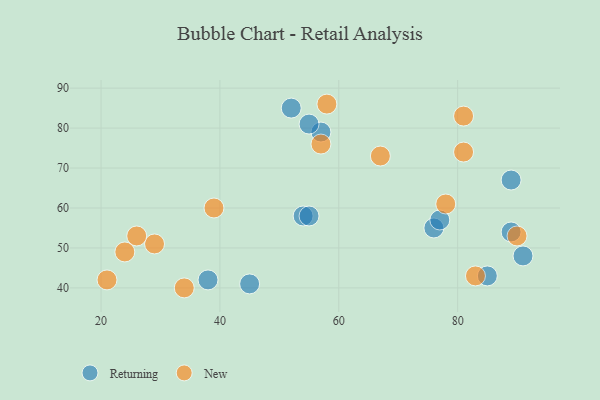
{"axis": {"x": "GDP", "y": "Life Expectancy"}, "legend": ["New", "Returning"], "data": [{"x": "45", "y": 41, "type": "Returning"}, {"x": "52", "y": 85, "type": "Returning"}, {"x": "57", "y": 79, "type": "Returning"}, {"x": "76", "y": 55, "type": "Returning"}, {"x": "55", "y": 81, "type": "Returning"}, {"x": "54", "y": 58, "type": "Returning"}, {"x": "89", "y": 67, "type": "Returning"}, {"x": "89", "y": 54, "type": "Returning"}, {"x": "55", "y": 58, "type": "Returning"}, {"x": "77", "y": 57, "type": "Returning"}, {"x": "85", "y": 43, "type": "Returning"}, {"x": "91", "y": 48, "type": "Returning"}, {"x": "38", "y": 42, "type": "Returning"}, {"x": "78", "y": 61, "type": "New"}, {"x": "58", "y": 86, "type": "New"}, {"x": "29", "y": 51, "type": "New"}, {"x": "90", "y": 53, "type": "New"}, {"x": "34", "y": 40, "type": "New"}, {"x": "39", "y": 60, "type": "New"}, {"x": "81", "y": 83, "type": "New"}, {"x": "67", "y": 73, "type": "New"}, {"x": "81", "y": 74, "type": "New"}, {"x": "57", "y": 76, "type": "New"}, {"x": "83", "y": 43, "type": "New"}, {"x": "26", "y": 53, "type": "New"}, {"x": "21", "y": 42, "type": "New"}, {"x": "24", "y": 49, "type": "New"}]}